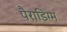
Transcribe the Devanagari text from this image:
पैराडिग्म